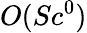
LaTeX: O(Sc^{0})